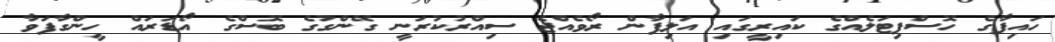
ހައިފާގެ ހޮސްޕިޓަލެއްގެ ކައިރީގައި އަލިފާން ރޯވެއްޖެ ސިއްރުކުރަނީ ގޭންގުގެ ބޮސްގެ އޯޑަރައް ހީންގާފަވާ